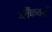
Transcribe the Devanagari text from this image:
ब्लैंकवर्स